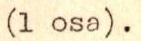
(1 osa).